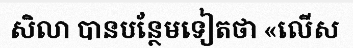
សិលា បានបន្ថែមទៀតថា «លើស